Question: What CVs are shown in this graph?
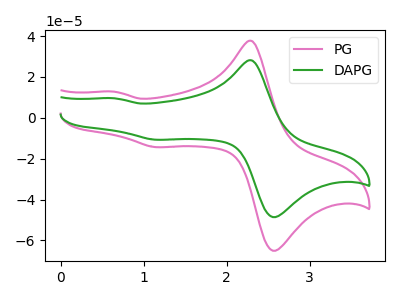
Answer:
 <answer>The pink curve is labeled "PG". The green curve is labeled "DAPG".</answer>
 <eval></eval>